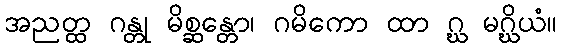
အညတ္ထ ဂန္တု မိစ္ဆန္တော၊ ဂမိကော ထာ ဂ္ဃ မဂ္ဃိယံ။